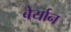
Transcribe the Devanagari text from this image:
बेर्यान